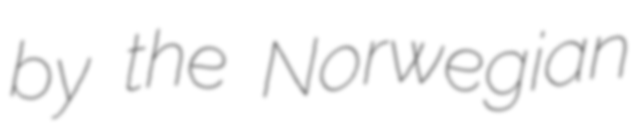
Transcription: by the Norwegian